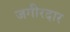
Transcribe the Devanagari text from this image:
जगीरदार